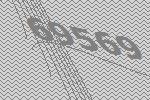
69569